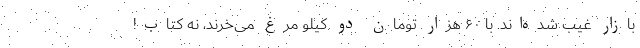
بازار غیب شده‌اند. با ۶۰ هزار تومان دو کیلو مرغ می‌خرند، نه کتاب!